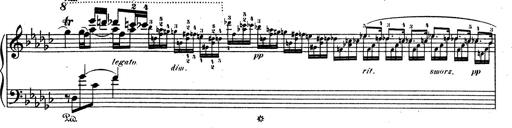
Title: 6 Polish Songs
Composer: Franz Liszt